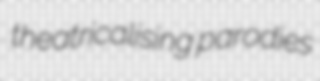
theatricalising parodies